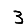
Digit: 3